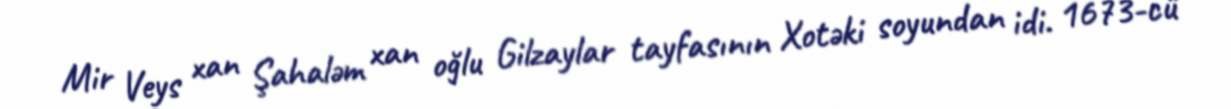
Mir Veys xan Şahaləm xan oğlu Gilzaylar tayfasının Xotəki soyundan idi. 1673-cü